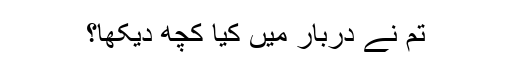
تم نے دربار میں کیا کچھ دیکھا؟